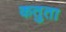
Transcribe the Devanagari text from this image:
कतुता